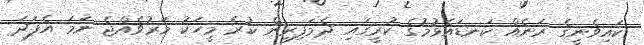
ކައިވެނީގެ ރަނެއް ކަނޑައެޅުމުގެ ކުރީގައި ދެމަފިރިން ކުރެ މީހަކު މަރުވެއްޖެ ނަމަ އެފަދަ